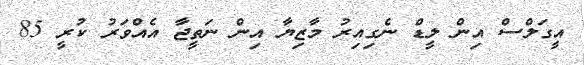
އީގަލްސް އިން ލީޑް ނެގިއިރު މާޒިޔާ އިން ނަތީޖާ އެއްވަރު ކުރީ 85